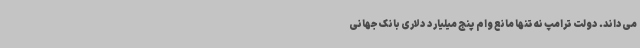
می‌داند. دولت ترامپ نه تنها مانع وام پنج میلیارد دلاری بانک جهانی